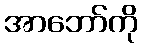
အာဘော်ကို